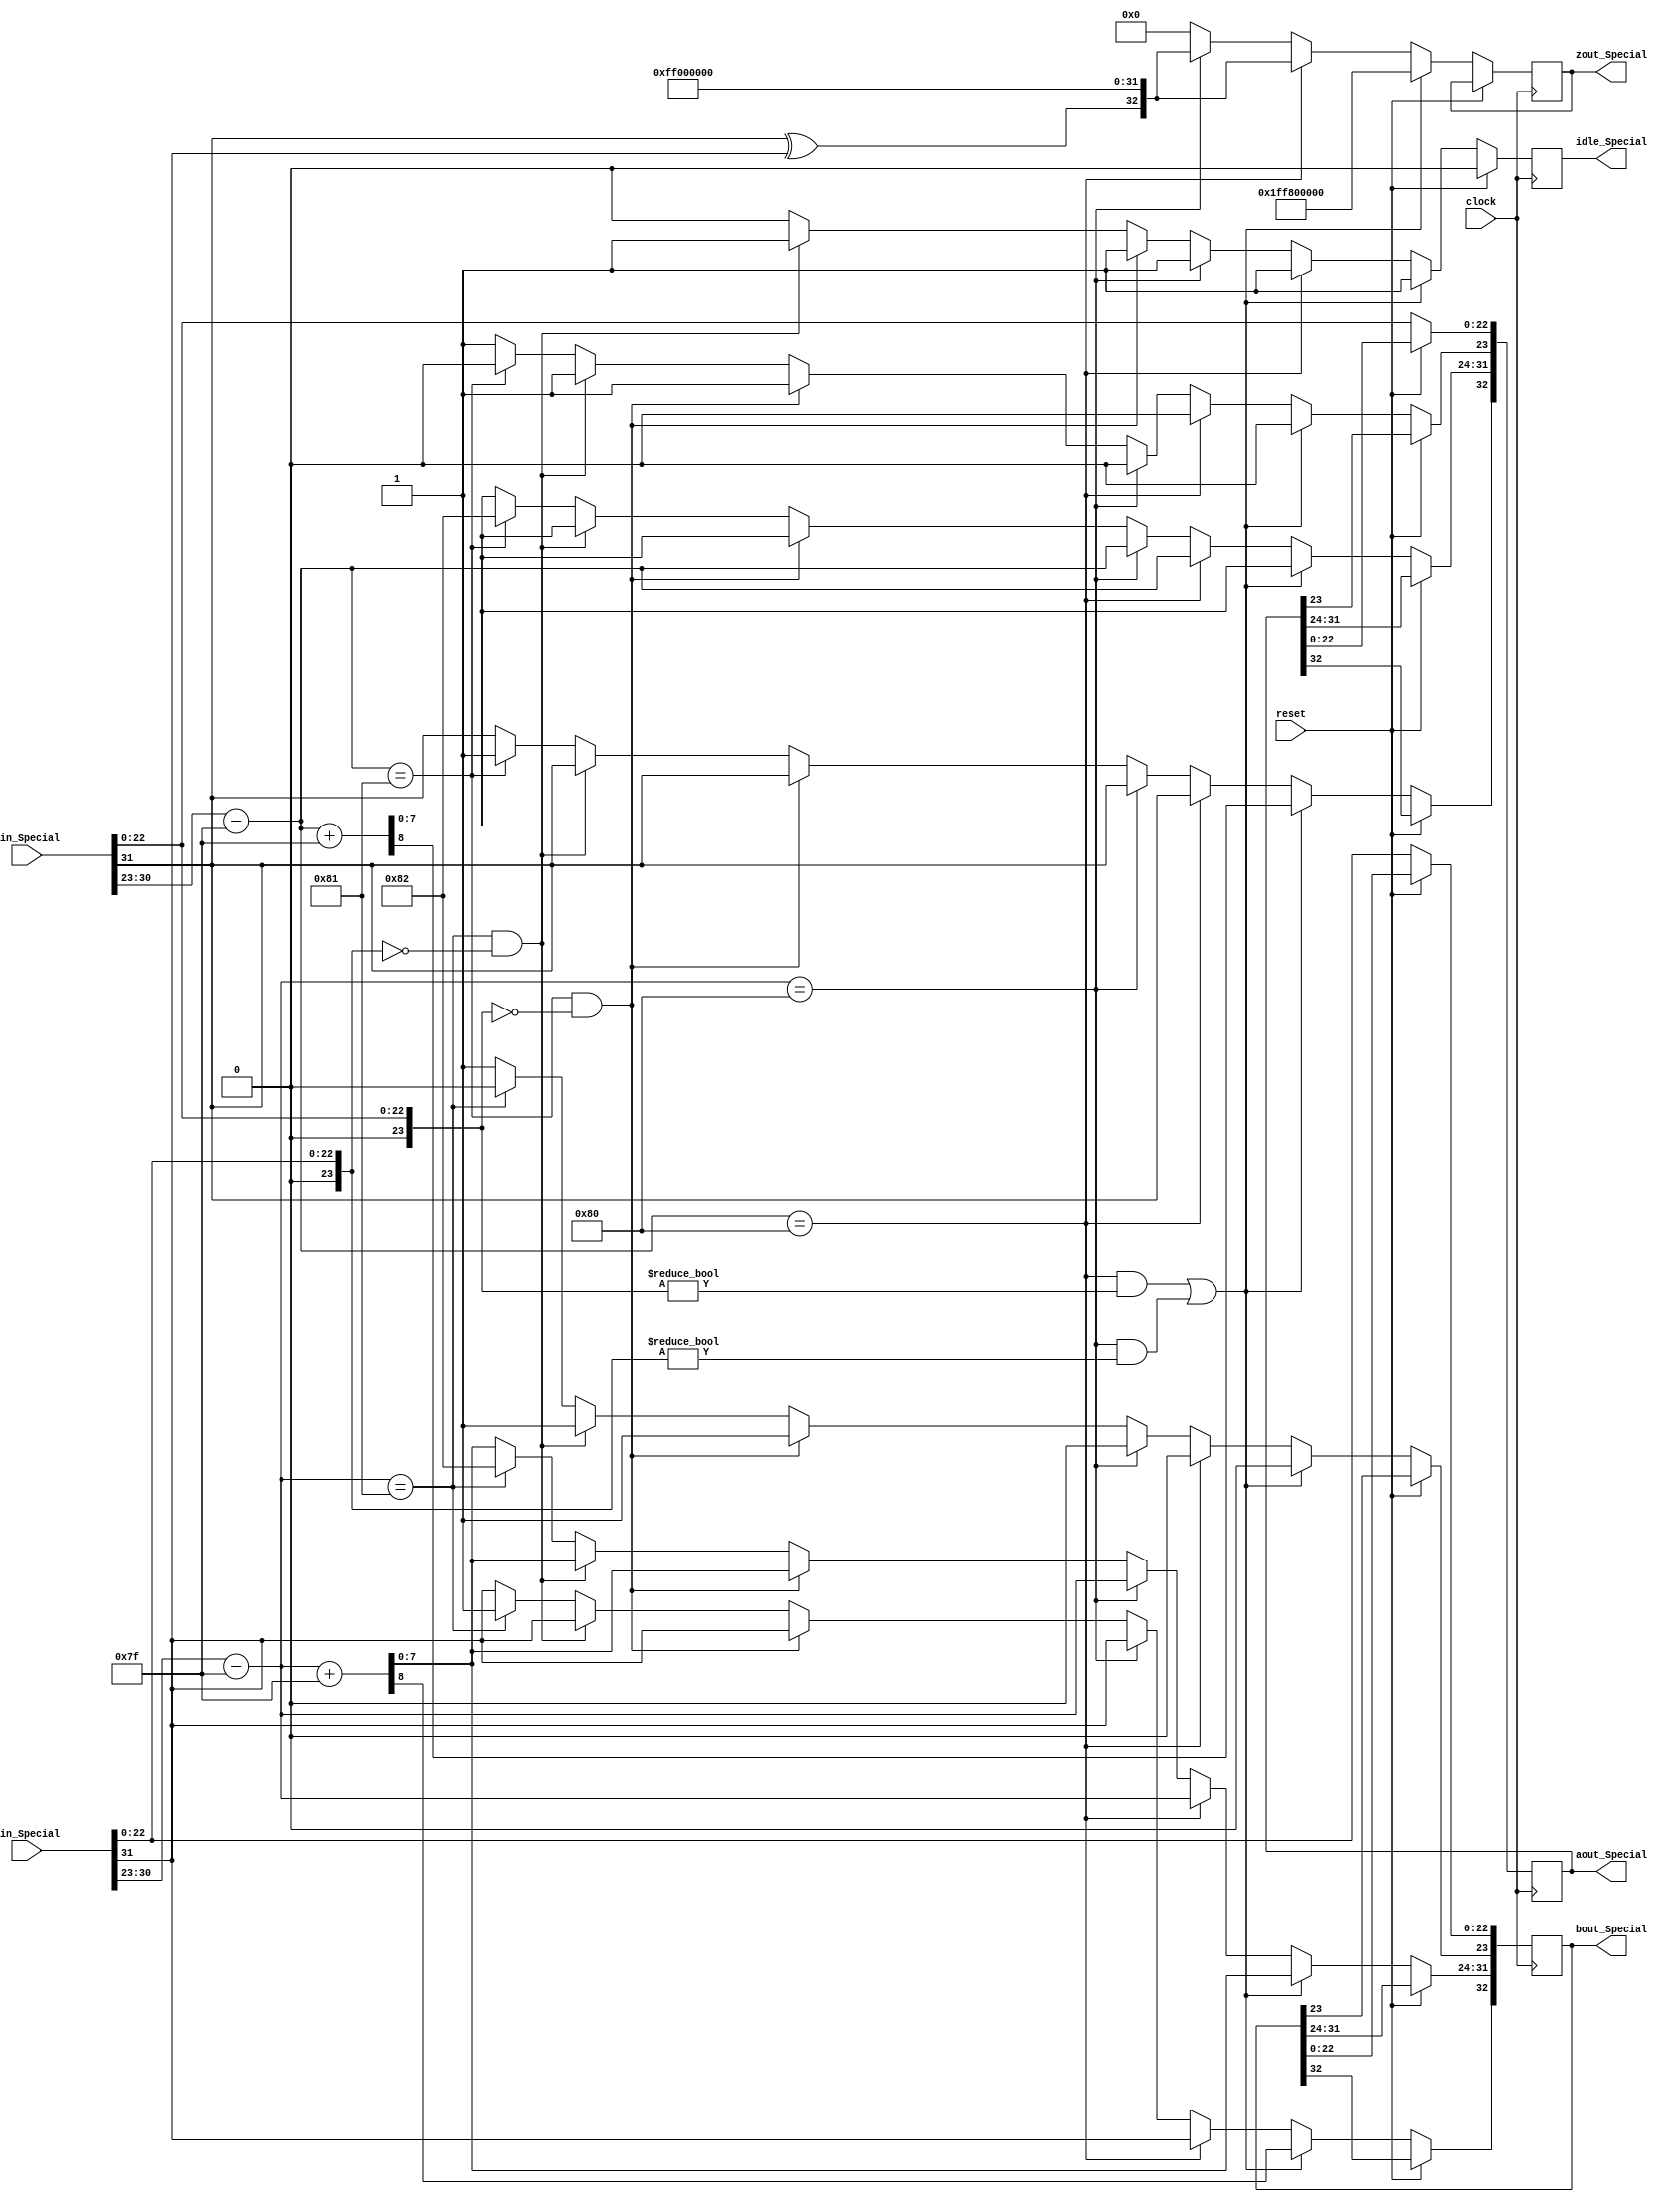
module SpecialMult(
	input [31:0] ain_Special,
	input [31:0] bin_Special,
	input reset,
	input clock,
	output reg idle_Special = 1'b0,
	output reg [32:0] aout_Special,
	output reg [32:0] bout_Special,
	output reg [32:0] zout_Special
   );

wire a_sign;
wire [7:0] a_exponent;
wire [23:0] a_mantissa;

wire b_sign;
wire [7:0] b_exponent;
wire [23:0] b_mantissa;

assign a_sign = ain_Special[31];
assign a_exponent = {ain_Special[30:23] - 127};
assign a_mantissa = {1'b0, ain_Special[22:0]};

assign b_sign = {bin_Special[31]};
assign b_exponent = {bin_Special[30:23] - 127};
assign b_mantissa = {1'b0, bin_Special[22:0]};

parameter no_idle = 1'b0,
			 put_idle = 1'b1;

always @ (posedge clock)
begin
	
	if(reset == 1'b1) begin
		idle_Special <= 1'b0;
	end
	
	else begin
	//if a is NaN or b is NaN return NaN 
   if ((a_exponent == 128 && a_mantissa != 0) || (b_exponent == 128 && b_mantissa != 0)) begin
		 idle_Special <= put_idle;
		 aout_Special <= {a_sign,a_exponent+127,a_mantissa};
		 bout_Special <= {b_sign,b_exponent+127,b_mantissa};
		 zout_Special <= {1'b1,8'd255,1'b1,23'd0};
   //if a is inf return inf
   end else if (a_exponent == 128) begin
		 idle_Special <= put_idle;
		 //if b is zero return NaN
       if ($signed(b_exponent == -127) && (b_mantissa == 0)) begin
			  idle_Special <= put_idle;
			  aout_Special <= {a_sign,a_exponent,a_mantissa};
		     bout_Special <= {b_sign,b_exponent,b_mantissa};
		     zout_Special <= {1'b1,8'd255,1'b1,23'd0};
       end
		 else begin
				aout_Special <= {a_sign,a_exponent,a_mantissa};
				bout_Special <= {b_sign,b_exponent,b_mantissa};
				zout_Special <= {a_sign ^ b_sign,8'd255,24'd0};
		 end
   //if b is inf return inf
   end else if (b_exponent == 128) begin
		 idle_Special <= put_idle;
		 aout_Special <= {a_sign,a_exponent,a_mantissa};
		 bout_Special <= {b_sign,b_exponent,b_mantissa};
		 zout_Special <= {a_sign ^ b_sign,8'd255,24'd0};
   //if a is zero return zero
   end else if (($signed(a_exponent) == -127) && (a_mantissa == 0)) begin
		 idle_Special <= put_idle;
		 aout_Special[32] <= a_sign; 
		 aout_Special[31:24] <= a_exponent+127;
		 aout_Special[23] <= 1'b1;
		 aout_Special[22:0] <= a_mantissa[22:0];
		 bout_Special[32] <= b_sign; 
		 bout_Special[31:24] <= b_exponent+127;
		 bout_Special[23] <= 1'b1;
		 bout_Special[22:0] <= b_mantissa[22:0];
		 zout_Special <= {1'b0,8'd0,24'd0};
   //if b is zero return zero
   end else if (($signed(b_exponent) == -127) && (b_mantissa == 0)) begin
		 aout_Special[32] <= a_sign; 
		 aout_Special[31:24] <= a_exponent+127;
		 aout_Special[23] <= 1'b1;
		 aout_Special[22:0] <= a_mantissa[22:0];
		 bout_Special[32] <= b_sign; 
		 bout_Special[31:24] <= b_exponent+127;
		 bout_Special[23] <= 1'b1;
		 bout_Special[22:0] <= b_mantissa[22:0];
		 zout_Special <= {1'b0,8'd0,24'd0};	 
		 idle_Special <= put_idle;
   end else begin
       //Denormalised Number
		 zout_Special <= 0;
		 idle_Special <= no_idle;
       if ($signed(a_exponent) == -127) begin
           aout_Special <= {a_sign,-126,a_mantissa};
       end else begin
			  aout_Special[32] <= a_sign; 
			  aout_Special[31:24] <= a_exponent+127;
			  aout_Special[23] <= 1'b1;
			  aout_Special[22:0] <= a_mantissa[22:0];
       end
       //Denormalised Number
       if ($signed(b_exponent) == -127) begin
           bout_Special <= {b_sign,-126,b_mantissa};
       end else begin
			  bout_Special[32] <= b_sign; 
			  bout_Special[31:24] <= b_exponent+127;
			  bout_Special[23] <= 1'b1;
			  bout_Special[22:0] <= b_mantissa[22:0];
       end
   end
	end
end

endmodule